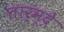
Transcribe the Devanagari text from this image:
तार्म्दे